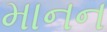
માનન